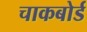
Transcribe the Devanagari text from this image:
चाकबोर्ड